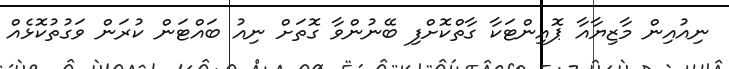
ނިއުއިން މާޒިޔާއާ ޕޮއިންޓަކާ ގާތްކޮށްފި ބޭނުންވާ ގޮތަށް ނިއު ބައްޓަން ކުރަން ވަގުތުކޮޅެއް